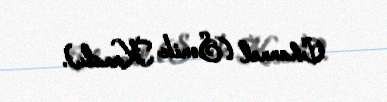
Channel (Sonik Kanalı).